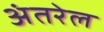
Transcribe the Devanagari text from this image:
अंतरेल